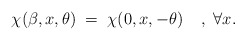
\begin{align*}\chi(\beta,x,\theta) \;=\; \chi(0,x,-\theta) \;\;\;\;,\; \forall x.\end{align*}